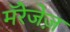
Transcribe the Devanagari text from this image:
मॅरेजेज़